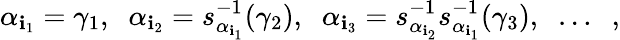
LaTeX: \alpha_{\mathbf{i}_{1}}=\gamma_{1},\; \; \alpha_{\mathbf{i}_{2}}=s_{\alpha_{\mathbf{i}_{1}}}^{-1}(\gamma_{2}),\; \; \alpha_{\mathbf{i}_{3}}=s_{\alpha_{\mathbf{i}_{2}}}^{-1}s_{\alpha_{\mathbf{i}_{1}}}^{-1}(\gamma_{3}),\; \; \ldots\; \; ,